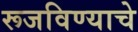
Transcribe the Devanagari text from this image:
रूजविण्याचे